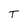
Character: T